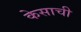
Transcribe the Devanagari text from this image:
केसाची